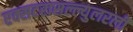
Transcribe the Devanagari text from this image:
एक्सटरासल्ल्युलरली